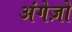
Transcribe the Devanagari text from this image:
अंगेज़ो